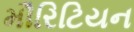
મૌરિટિયન